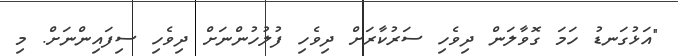
"އަޅުގަނޑު ހަމަ ގޮވާލަން ދިވެހި ސަރުކާރަށް ދިވެހި ފުލުހުންނަށް ދިވެހި ސިފައިންނަށް. މި